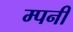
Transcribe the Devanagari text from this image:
म्पनी